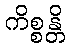
ကိစ္စန္တိ